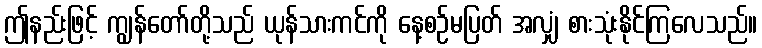
ဤနည်းဖြင့် ကျွန်တော်တို့သည် ယုန်သားကင်ကို နေ့စဉ်မပြတ် အလျှံ စားသုံးနိုင်ကြလေသည်။